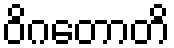
ဝိဂတောတိ